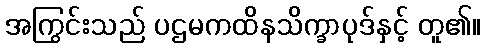
အကြွင်းသည် ပဌမကထိနသိက္ခာပုဒ်နှင့် တူ၏။